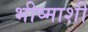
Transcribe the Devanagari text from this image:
भीष्माशी